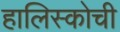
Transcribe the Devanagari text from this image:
हालिस्कोची